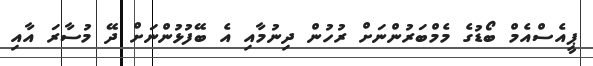
ޕީއެސްއެމް ބޯޑުގެ މެމްބަރުންނަށް ރުހުން ދިނުމާއި އެ ބޭފުޅުންނަށް ދޭ މުސާރަ އާއި